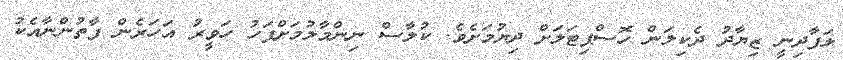
ލަފާދިނީ ޒިޔާދު ދެކިލަން ހޮސްޕިޓަލަށް ދިޔުމަށެވެ. ކުލާސް ނިންމާލުމަށްފަހު ހަވީރު އަހަރެން ފާތުންނާއެކު